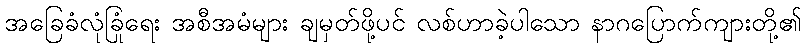
အခြေခံလုံခြုံရေး အစီအမံများ ချမှတ်ဖို့ပင် လစ်ဟာခဲ့ပါသော နာဂပြောက်ကျားတို့၏